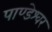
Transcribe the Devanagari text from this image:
पाण्डेश्वर